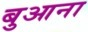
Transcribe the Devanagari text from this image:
बुआना